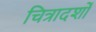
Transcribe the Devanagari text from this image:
चित्रादर्शों